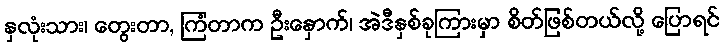
နှလုံးသား၊ တွေးတာ, ကြံတာက ဦးနှောက်၊ အဲဒီနှစ်ခုကြားမှာ စိတ်ဖြစ်တယ်လို့ ပြောရင်